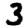
Digit: 3